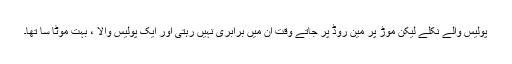
پولیس والے نکلے لیکن موڑ پر مین روڈ پر جاتے وقت اُن میں برابری نہیں رہتی اور ایک پولیس والا ، بہت موٹا سا تھا۔